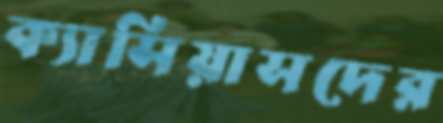
ক্যাসিয়াসদের